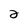
Character: 2